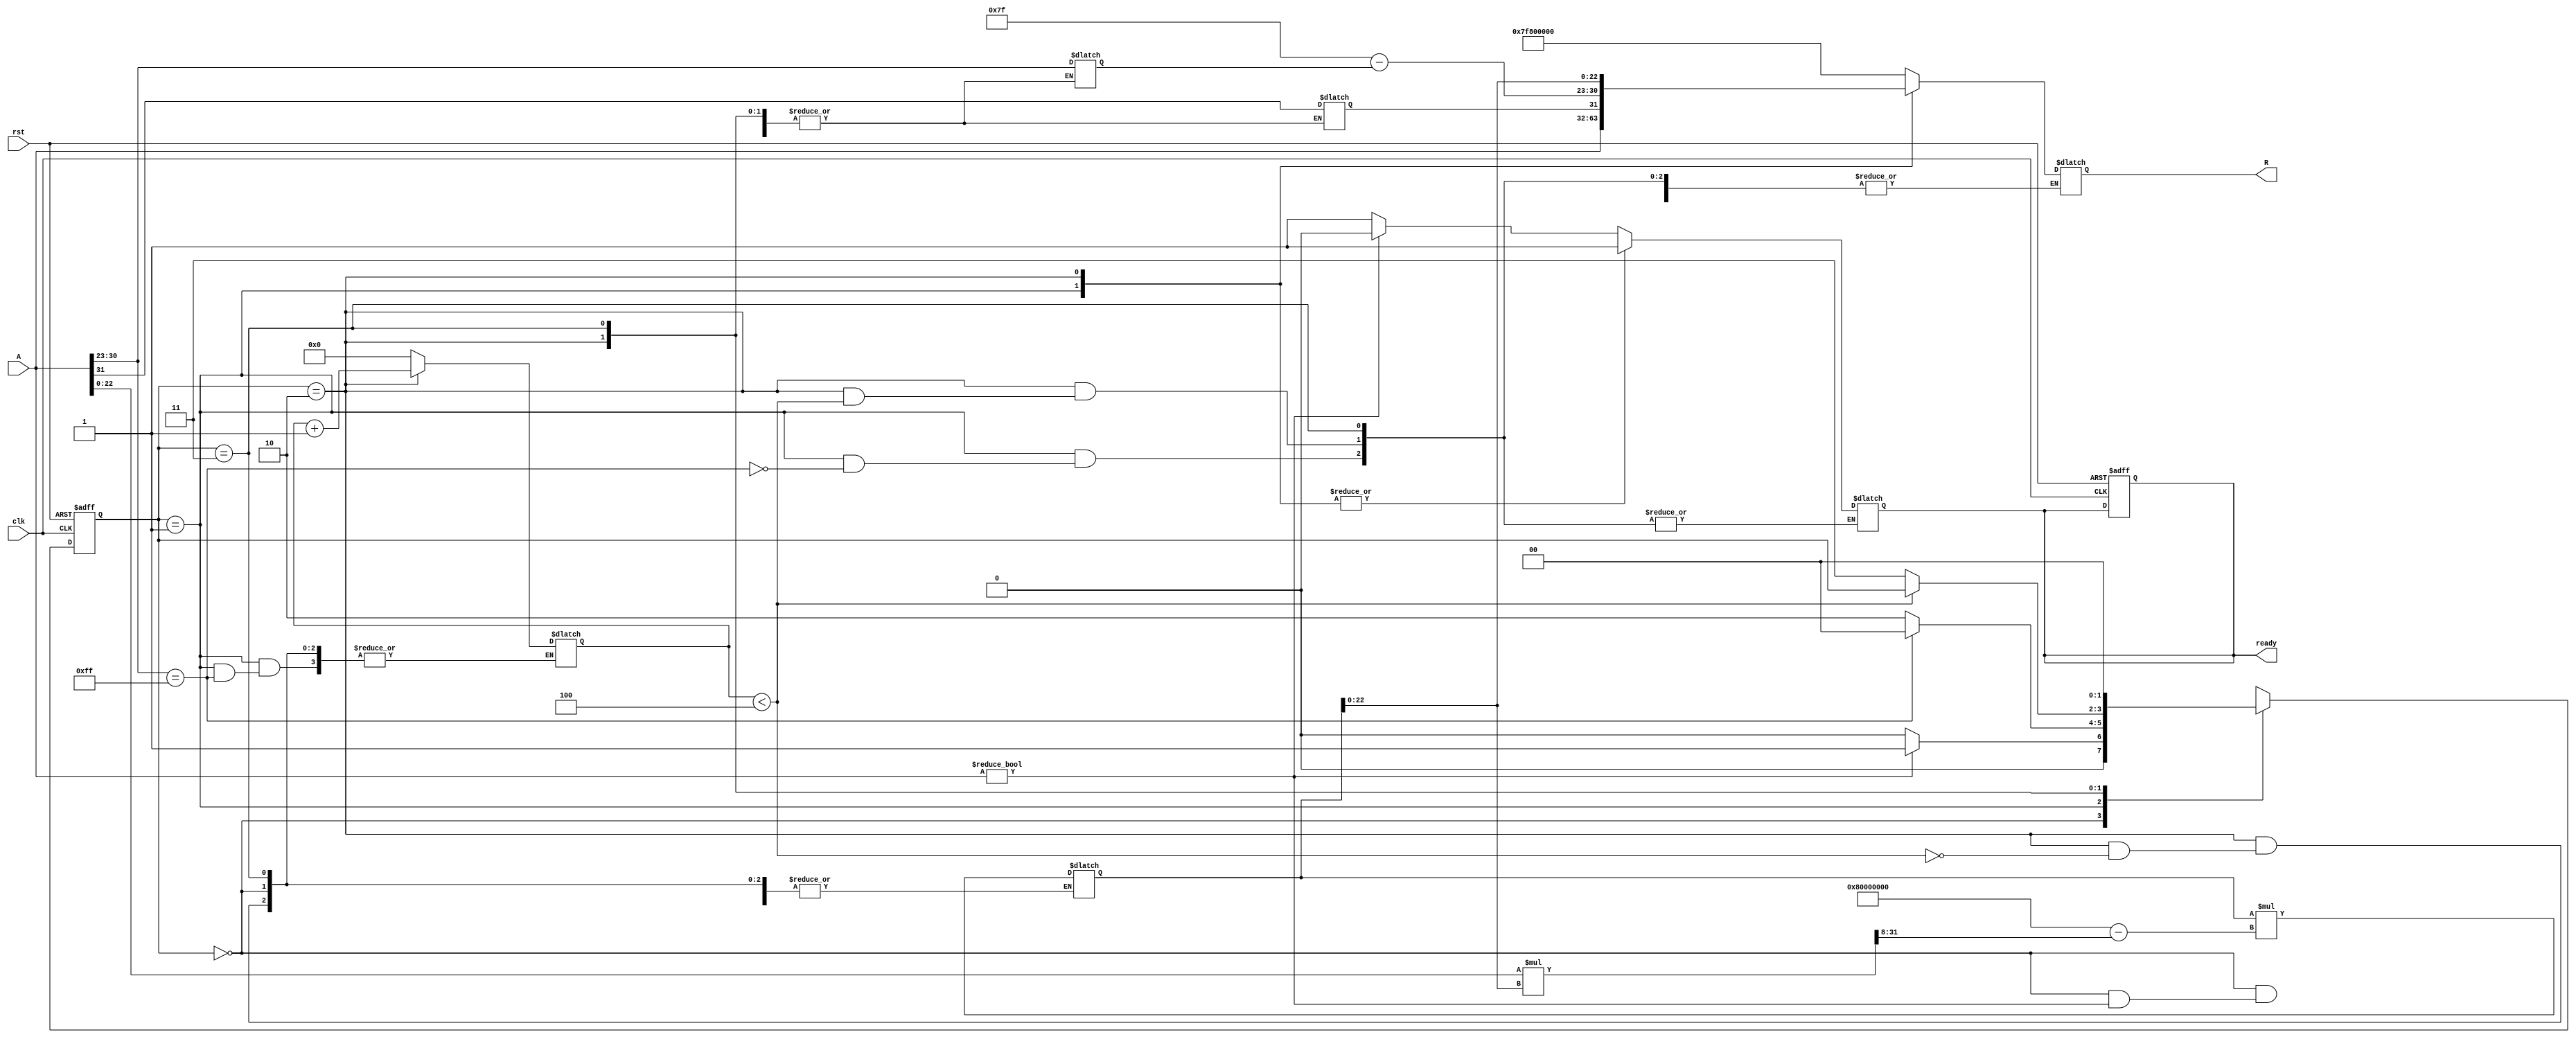
module FloatingPointReciprocal (
    input wire        clk,
    input wire        rst,
    input wire [31:0] A,
    output reg [31:0] R,
    output reg       ready
);

    // Constants
    parameter BIAS = 8'd127;  // Bias for single precision
    parameter EXPONENT_BITS = 8;
    parameter MANTISSA_BITS = 23;

    // Internal signals
    reg [7:0] exponent;
    reg [22:0] mantissa;
    reg sign;
    reg [31:0] approx;
    reg [31:0] result;
    reg [4:0] iteration;

    // State machine states
    localparam IDLE = 2'b00, NORMALIZE = 2'b01, COMPUTE = 2'b10, FINISH = 2'b11;
    reg [1:0] state, next_state;

    // Control the state machine
    always @(posedge clk or posedge rst) begin
        if (rst) begin
            state <= IDLE;
            ready <= 1'b0;
        end else begin
            state <= next_state;
        end
    end

    // State transitions
    always @* begin
        next_state = state;
        case (state)
            IDLE: begin
                if (A != 32'b0) begin
                    next_state = NORMALIZE;
                    ready = 1'b0;
                end else begin
                    // Handle zero input (output should be infinity)
                    R = 32'h7F800000; // Infinity
                    ready = 1'b1;
                    next_state = IDLE;
                end
            end
            NORMALIZE: begin
                // Parse input floating-point number
                sign = A[31];
                exponent = A[30:23];
                mantissa = {1'b1, A[22:0]}; // Implicit leading bit for normalized numbers

                // Special case handling
                if (exponent == 8'hFF) begin
                    // NaN or infinity
                    R = A; // If input is NaN or Infinity, output same
                    ready = 1'b1;
                    next_state = IDLE;
                end else begin
                    // Continue to compute
                    next_state = COMPUTE;
                    iteration = 5'b0; // Reset iteration count
                end
            end
            COMPUTE: begin
                if (iteration < 5'd4) begin // Iterate 4 times for improvement
                    // Newton-Raphson iteration: x1 = x0 * (2 - A * x0)
                    approx = result;
                    result = approx * (32'h80000000 - (A[22:0] * approx[22:0] >> 8)); // 2^32
                    iteration = iteration + 1;
                end else begin
                    // Finalize result
                    R = {sign, BIAS - exponent, result[22:0]};
                    ready = 1'b1;
                    next_state = FINISH;
                end
            end
            FINISH: begin
                next_state = IDLE; // Go back to idle
            end
        endcase
    end

    // Initial state
    initial begin
        R = 32'b0;
        result = 32'h3F800000; // Initial approximation (1.0)
        ready = 1'b0;
    end

endmodule